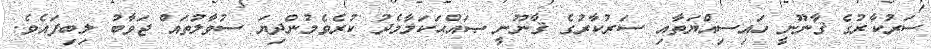
ސަރުކާރުގެ ޤާނޫނީ ހައިސިއްޔަތާއި ސަރުކާރުގެ ޤާނޫނީ ޞައްޙަކަމާމެދު ކުރެވެމުންދިޔަ ސުވާލުތައް ޖަވާބު ލިބިފައެވެ.